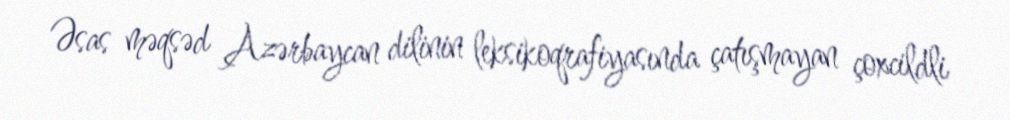
Əsas məqsəd Azərbaycan dilinin leksikoqrafiyasında çatışmayan çoxcildli